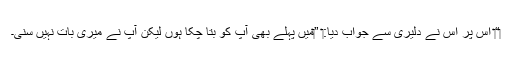
‏“‏ اِس پر اُس نے دلیری سے جواب دیا:‏ ”‏مَیں پہلے بھی آپ کو بتا چُکا ہوں لیکن آپ نے میری بات نہیں سنی۔